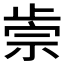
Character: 𣦅